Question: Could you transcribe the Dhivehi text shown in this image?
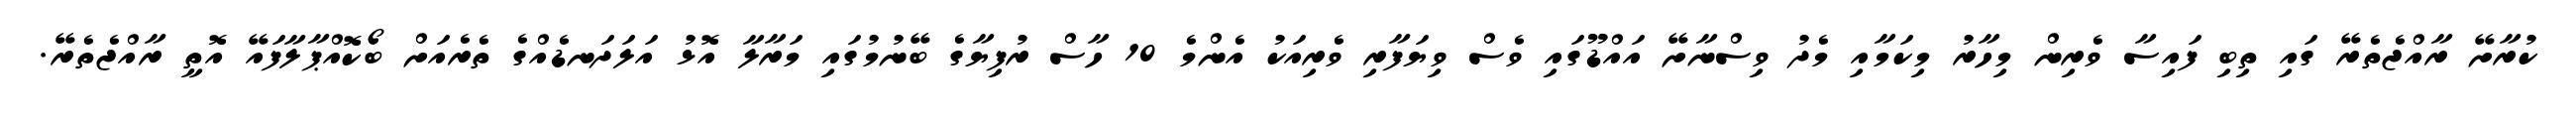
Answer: ކުރާށޭ ރާއްޖެތެރޭ ގައި ތިބި ފައިސާ ވެރިން މިހާރު މިކަމާއި މެދު ވިސްނާށޭ އައްޑޫގައި ވެސް ވިޔަފާރި ވެރިއަކު އެންމެ 10 ހާސް ރުފިޔާގެ ބޭނުމުގައި މަރާލާ އޮޅު އަލަދަނޑެއްގެ ތެރެއަށް ބޯކޮއްޕާލާފައޭ އޮތީ ރާއްޖެތެރޭ.